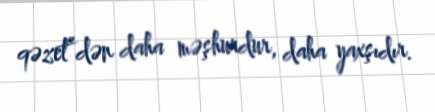
qəzet”dən daha məşhurdur, daha yaxşıdır.